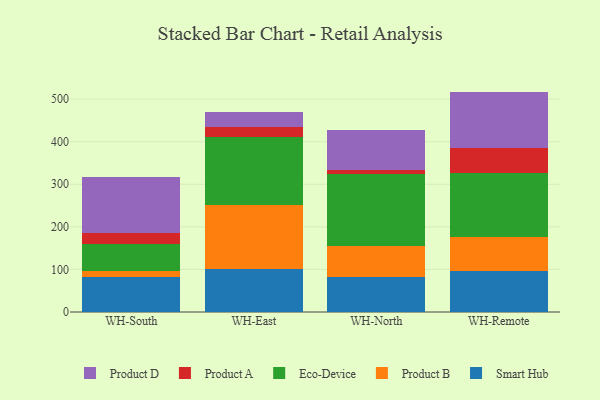
{"axis": {"x": "Warehouse", "y": "Energy Usage (MWh)"}, "legend": ["Eco-Device", "Product A", "Product B", "Product D", "Smart Hub"], "data": [{"x": "WH-South", "y": 81.2, "type": "Smart Hub"}, {"x": "WH-South", "y": 14.0, "type": "Product B"}, {"x": "WH-South", "y": 65.3, "type": "Eco-Device"}, {"x": "WH-South", "y": 25.7, "type": "Product A"}, {"x": "WH-South", "y": 132.0, "type": "Product D"}, {"x": "WH-East", "y": 100.5, "type": "Smart Hub"}, {"x": "WH-East", "y": 151.0, "type": "Product B"}, {"x": "WH-East", "y": 158.7, "type": "Eco-Device"}, {"x": "WH-East", "y": 23.5, "type": "Product A"}, {"x": "WH-East", "y": 37.2, "type": "Product D"}, {"x": "WH-North", "y": 82.1, "type": "Smart Hub"}, {"x": "WH-North", "y": 73.9, "type": "Product B"}, {"x": "WH-North", "y": 167.2, "type": "Eco-Device"}, {"x": "WH-North", "y": 11.1, "type": "Product A"}, {"x": "WH-North", "y": 92.6, "type": "Product D"}, {"x": "WH-Remote", "y": 95.8, "type": "Smart Hub"}, {"x": "WH-Remote", "y": 80.8, "type": "Product B"}, {"x": "WH-Remote", "y": 150.7, "type": "Eco-Device"}, {"x": "WH-Remote", "y": 58.9, "type": "Product A"}, {"x": "WH-Remote", "y": 131.5, "type": "Product D"}]}